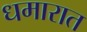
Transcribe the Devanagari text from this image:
धमारात